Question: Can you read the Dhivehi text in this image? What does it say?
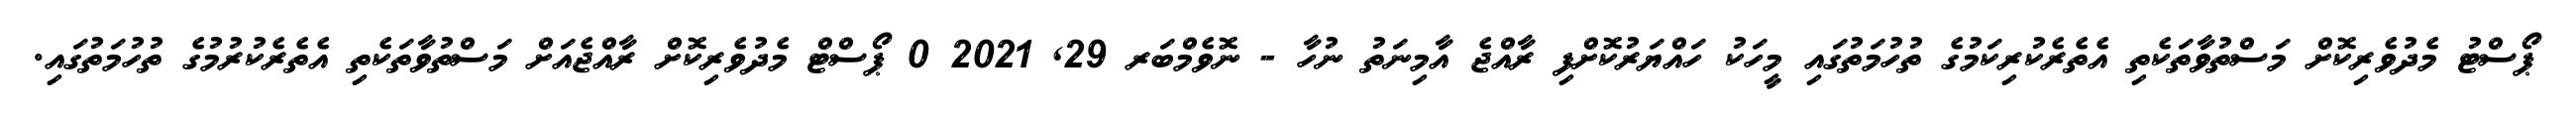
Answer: ޕޯސްޓު މެދުވެރިކޮށް މަސްތުވާތަކެތި އެތެރެކުރިކަމުގެ ތުހުމަތުގައި މީހަކު ހައްޔަރުކޮށްފި ރާއްޖެ އާމިނަތު ނުހާ - ނޮވެމްބަރ 29, 2021 0 ޕޯސްޓް މެދުވެރިކޮށް ރާއްޖެއަށް މަސްތުވާތަކެތި އެތެރެކުރުމުގެ ތުހުމަތުގައި.